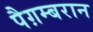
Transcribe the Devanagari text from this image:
पैग़म्बरान